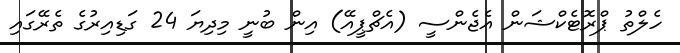
ހެލްތު ޕްރޮޓެކްޝަން އެޖެންސީ (އެޗްޕީއޭ) އިން ބުނީ މިދިޔަ 24 ގަޑިއިރުގެ ތެރޭގައި